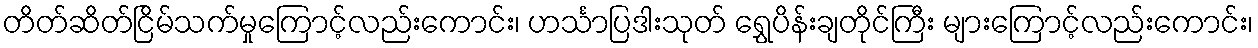
တိတ်ဆိတ်ငြိမ်သက်မှုကြောင့်လည်းကောင်း၊ ဟင်္သာပြဒါးသုတ် ရွှေပိန်းချတိုင်ကြီး များကြောင့်လည်းကောင်း၊